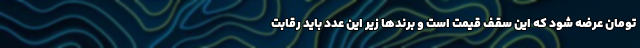
تومان عرضه شود که این سقف قیمت است و برندها زیر این عدد باید رقابت